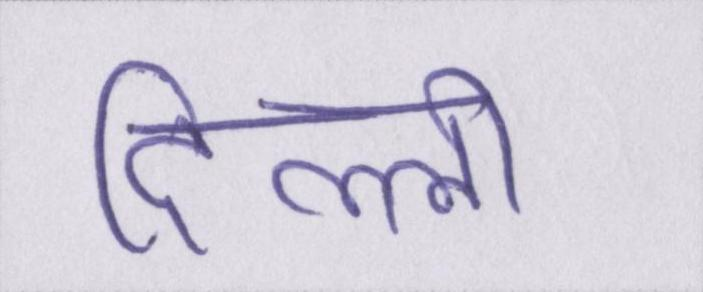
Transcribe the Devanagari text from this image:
दिल्ली